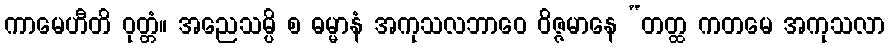
ကာမေဟီတိ ဝုတ္တံ။ အညေသမ္ပိ စ ဓမ္မာနံ အကုသလဘာဝေ ဝိဇ္ဇမာနေ “တတ္ထ ကတမေ အကုသလာ